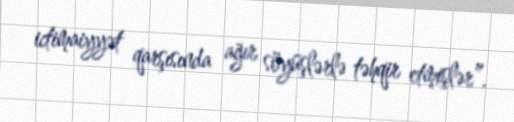
ictimaiyyət qarşısında ağır söyüşlərlə təhqir etmişlər”.